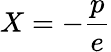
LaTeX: X=-\frac{p}{e}